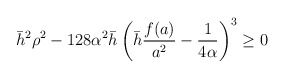
\begin{align*}\bar{h}^2 \rho^2-128 \alpha^2 \bar{h} \left( \bar{h} \frac{f(a)}{a^2}-\frac{1}{4 \alpha} \right)^3 \geq 0\end{align*}